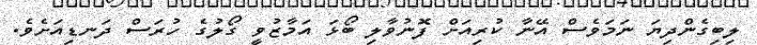
ލިބިގެންދިޔަ ނަމަވެސް އޭނާ ކުރިއަށް ފޮނުވާލި ބޯޅަ އަމާޒުވީ ގޯލުގެ ހުރަސް ދަނޑިއަށެވެ.